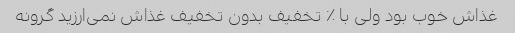
غذاش خوب بود ولی با ٪ تخفیف بدون تخفیف غذاش نمی‌ارزید گرونه